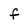
Character: f